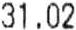
31.02